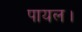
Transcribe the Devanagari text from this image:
पायल।